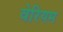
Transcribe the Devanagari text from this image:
वेरियम